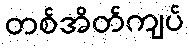
တစ်အိတ်ကျပ်